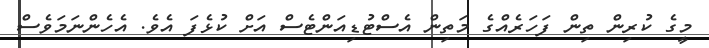
މީގެ ކުރިން ތިން ފަހަރެއްގެ މަތިން އެސްޓުޑިއަންޓެސް އަށް ކުޅެފަ އެވެ. އެހެންނަމަވެސް